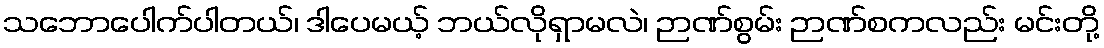
သဘောပေါက်ပါတယ်၊ ဒါပေမယ့် ဘယ်လိုရှာမလဲ၊ ဉာဏ်စွမ်း ဉာဏ်စကလည်း မင်းတို့